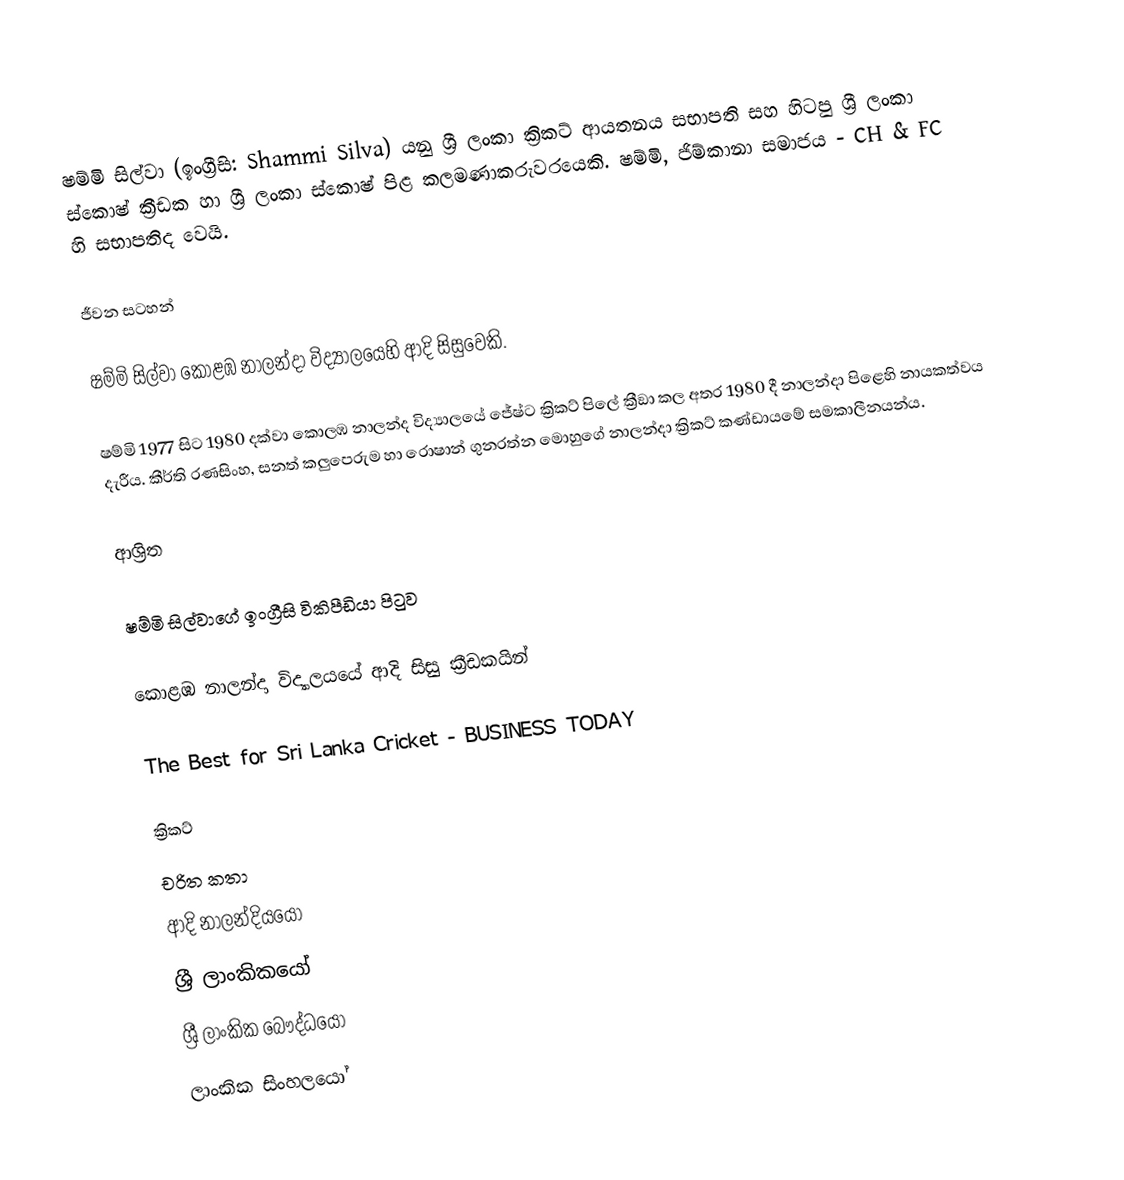
ෂම්මි සිල්වා (ඉංග්‍රීසි: Shammi Silva) යනු ශ්‍රී ලංකා ක්‍රිකට් ආයතනය සභාපති සහ හිටපු ශ්‍රී ලංකා ස්කොෂ් ක්‍රීඩක හා ශ්‍රී ලංකා ස්කොෂ් පිළ කලමණාකරුවරයෙකි. ෂම්මි, ජිම්කානා සමාජය - CH & FC හි සභාපතිද වෙයි.

ජීවන සටහන්

ෂම්මි සිල්වා  කොළඹ නාලන්දා විද්‍යා‍ලයෙහි ආදි සිසුවෙකි.

ෂම්මි 1977 සිට 1980 දක්වා  කොලඹ නාලන්ද  විද්‍යාලයේ  ජේෂ්ට ක්‍රිකට් පිලේ ක්‍රීඞා  කල අතර 1980 දී නාලන්දා පිළෙහි නායකත්වය දැරීය.  කීර්ති රණසිංහ, සනත් කලුපෙරුම හා  රොෂාන් ගුනරත්න මොහුගේ නාලන්දා ක්‍රිකට් කණ්ඩායමේ සමකාලීනයන්ය.

ආශ්‍රිත

 ෂම්මි සිල්වාගේ ඉංග්‍රීසි විකිපීඩියා පිටුව

 කොළඹ නාලන්දා විද්‍යාලයයේ ආදි සිසු ක්‍රීඩකයින්

 The Best for Sri Lanka Cricket - BUSINESS TODAY

ක්‍රිකට්
චරිත කතා
ආදි නාලන්දියයෝ
ශ්‍රී ලාංකිකයෝ
ශ්‍රී ලාංකික බෞද්ධයෝ
ලාංකික සිංහලයෝ